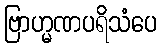
ဗြာဟ္မဏပရိသံပေ